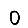
Digit: 0